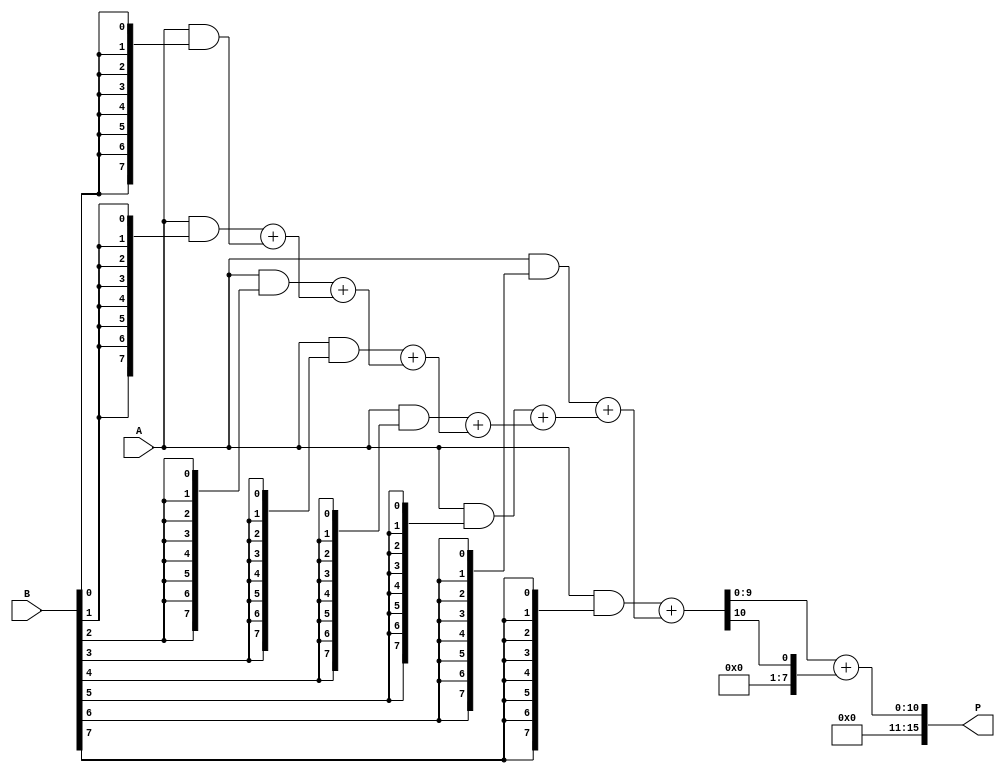
module AdaptiveWallaceTreeMultiplier #(parameter N = 8) (
    input  wire [N-1:0] A,  // First operand
    input  wire [N-1:0] B,  // Second operand
    output wire [2*N-1:0] P // Product output
);

    // Partial product generation
    wire [N-1:0] partial_products [N-1:0];

    genvar i;
    generate
        for (i = 0; i < N; i = i + 1) begin : pp_gen
            assign partial_products[i] = A & {N{B[i]}};
        end
    endgenerate

    // Wallace tree reduction
    wire [N+1:0] sum [N-1:0]; // Intermediate sums
    wire [N-1:0] carry [N-1:0]; // Intermediate carries

    // Initial stage of Wallace tree
    generate
        for (i = 0; i < N; i = i + 1) begin : wallace_tree
            if (i == 0) begin
                assign sum[i] = {1'b0, partial_products[i]};
                assign carry[i] = 0;
            end else begin
                assign {carry[i], sum[i]} = partial_products[i] + sum[i-1];
            end
        end
    endgenerate

    // Final addition stage
    wire [2*N-1:0] final_sum;
    wire [2*N-1:0] final_carry;

    assign final_sum = sum[N-1] + carry[N-1];

    // Output assignment
    assign P = final_sum;

endmodule